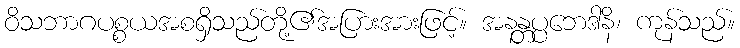
ဝိသဘာဂပစ္စယအစရှိသည်တို့၏အပြားအားဖြင့်။ အနန္တပ္ပဘေဒါနိ၊ ကုန်သည်။